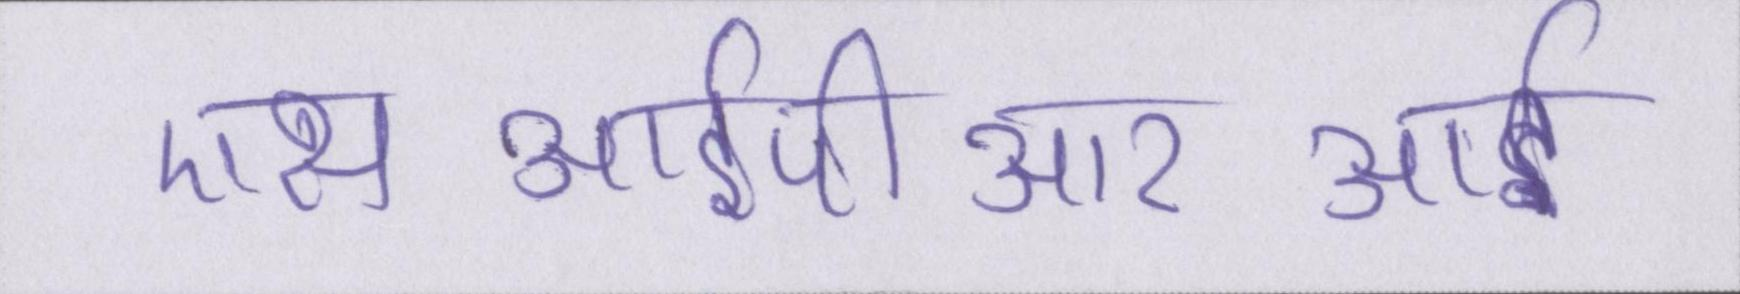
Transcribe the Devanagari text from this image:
एसआईपीआरआई